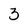
Character: 3